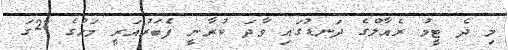
މި ދެ ޓީމު ރެއާލްގެ ދަނޑުގައި ވާދަ ކުރާނީ ފެބަރުއަރީ މަހުގެ 28ގަ